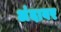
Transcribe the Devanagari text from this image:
अंदावर